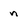
Character: n